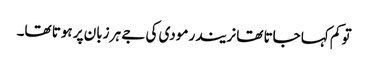
تو کم کہا جاتا تھا نریندر مودی کی جے ہر زبان پر ہوتا تھا۔